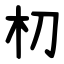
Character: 朷